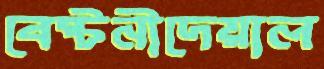
বেষ্টনীদেয়াল